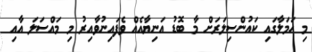
މި ހަމަލާގައި ކައުންސިލަރަށް މާ ބޮޑު އަނިޔާއެއް ވެފައިނުވާއިރު މި މައްސަލަ އާއި